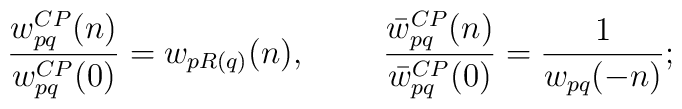
\frac{w^{CP}_{pq}(n)}{w^{CP}_{pq}(0)}=w_{pR(q)}(n),~~~~~~~\frac{\bar{w}^{CP}_{pq}(n)}{\bar{w}^{CP}_{pq}(0)}=\frac{1}{w_{pq}(-n)};